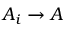
A _ { i } \to A